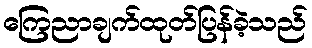
ကြေညာချက်ထုတ်ပြန်ခဲ့သည်